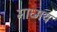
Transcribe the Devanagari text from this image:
माध्मय